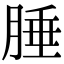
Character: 腄